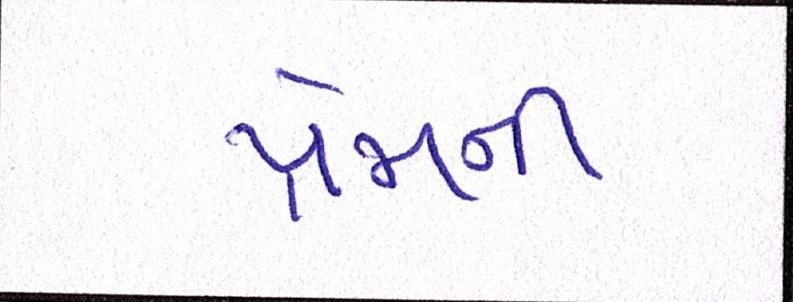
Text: પ્રેમની